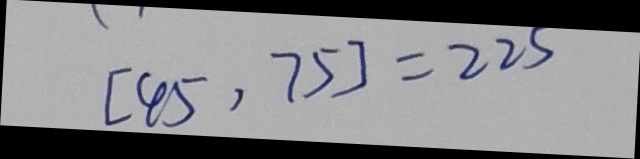
[ 4 5 , 7 5 ] = 2 2 5